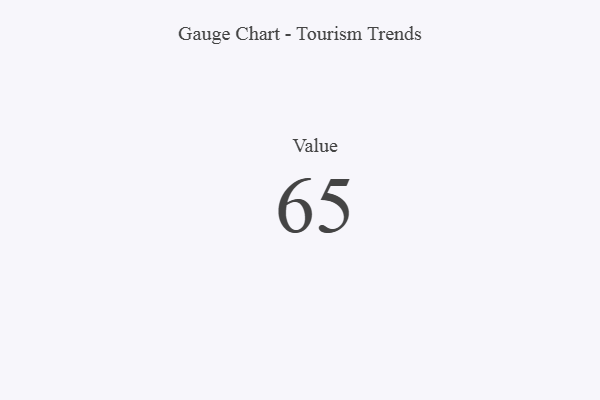
{"axis": {"x": "Metric", "y": "Value"}, "legend": [""], "data": [{"x": "Value", "y": 65, "type": ""}]}